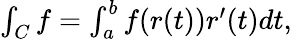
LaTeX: \textstyle\int_{C}f=\int_{a}^{b}f(r(t))r^{\prime}(t)dt,